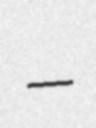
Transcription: –